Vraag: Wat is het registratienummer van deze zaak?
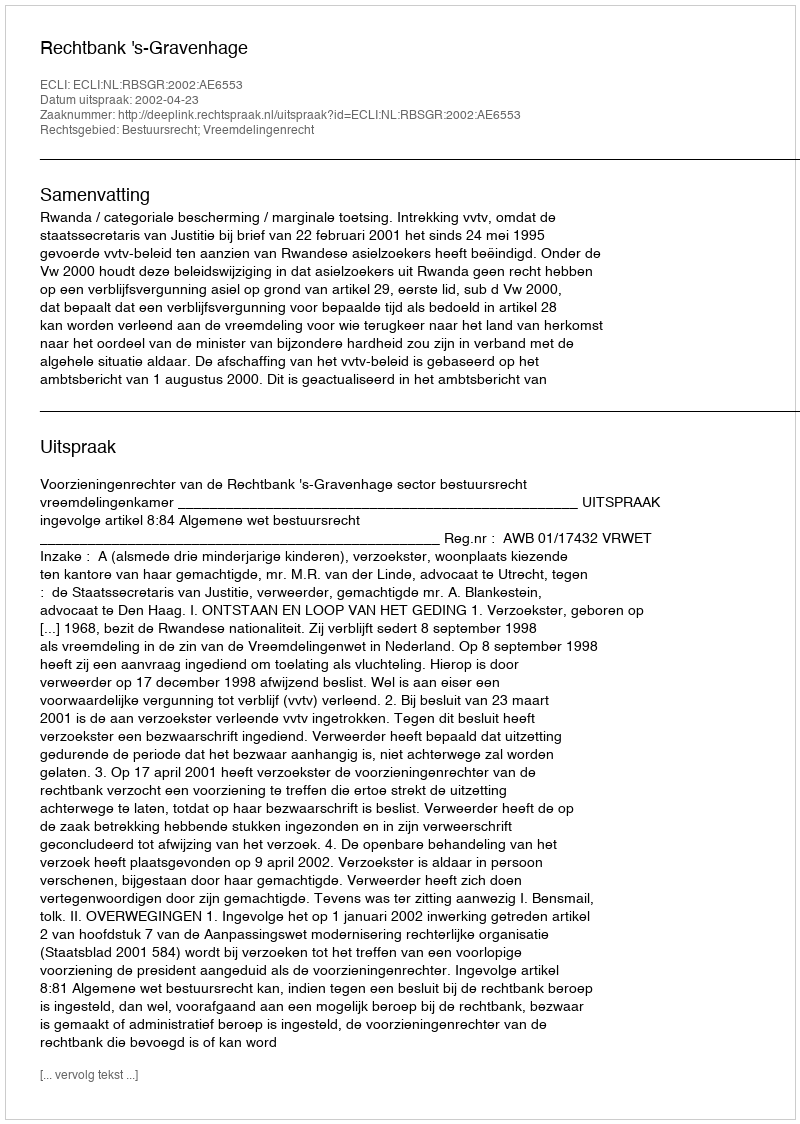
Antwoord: http://deeplink.rechtspraak.nl/uitspraak?id=ECLI:NL:RBSGR:2002:AE6553